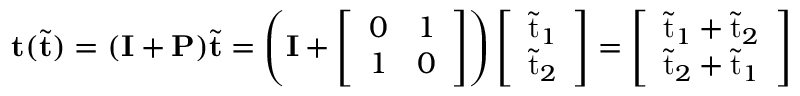
\mathbf { t } ( \tilde { \mathbf { t } } ) = ( \mathbf { I } + \mathbf { P } ) \tilde { \mathbf { t } } = \left( \mathbf { I } + \left[ \begin{array} { l l } { 0 } & { 1 } \\ { 1 } & { 0 } \end{array} \right] \right) \left[ \begin{array} { l } { \tilde { \mathrm { t } } _ { 1 } } \\ { \tilde { \mathrm { t } } _ { 2 } } \end{array} \right] = \left[ \begin{array} { l } { \tilde { \mathrm { t } } _ { 1 } + \tilde { \mathrm { t } } _ { 2 } } \\ { \tilde { \mathrm { t } } _ { 2 } + \tilde { \mathrm { t } } _ { 1 } } \end{array} \right]